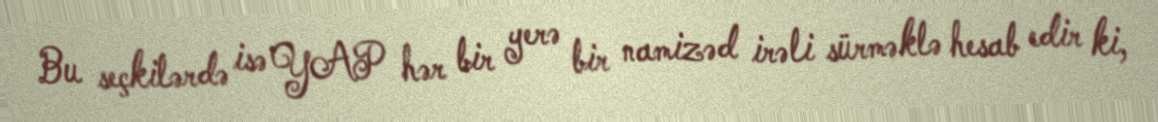
Bu seçkilərdə isə YAP hər bir yerə bir namizəd irəli sürməklə hesab edir ki,